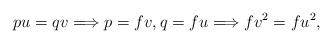
LaTeX: \begin{align*}pu=qv \Longrightarrow p=fv, q=fu \Longrightarrow fv^2=fu^2,\end{align*}